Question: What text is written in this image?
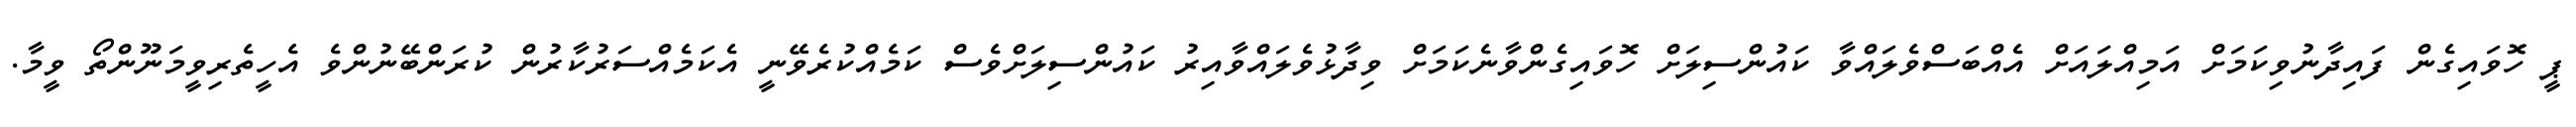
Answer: ޕީ ހޮވައިގެން ފައިދާނުވިކަމަށް އަމިއްލައަށް އެއްބަސްވެލައްވާ ކައުންސިލަށް ހޮވައިގެންވާނެކަމަށް ވިދާޅުވެލައްވާއިރު ކައުންސިލަށްވެސް ކަމެއްކުރެވޭނީ އެކަމެއްސަރުކާރުން ކުރަންބޭނުންވެ އެހީތެރިވީމަނޫންތޯ ވީމާ.